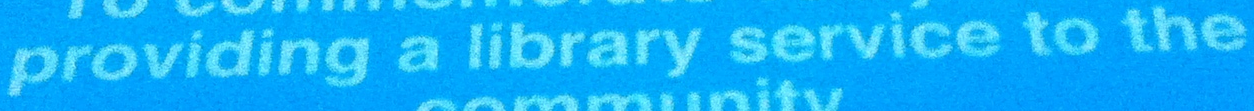
providing a library service to the